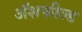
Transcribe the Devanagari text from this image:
ॲशफील्ड